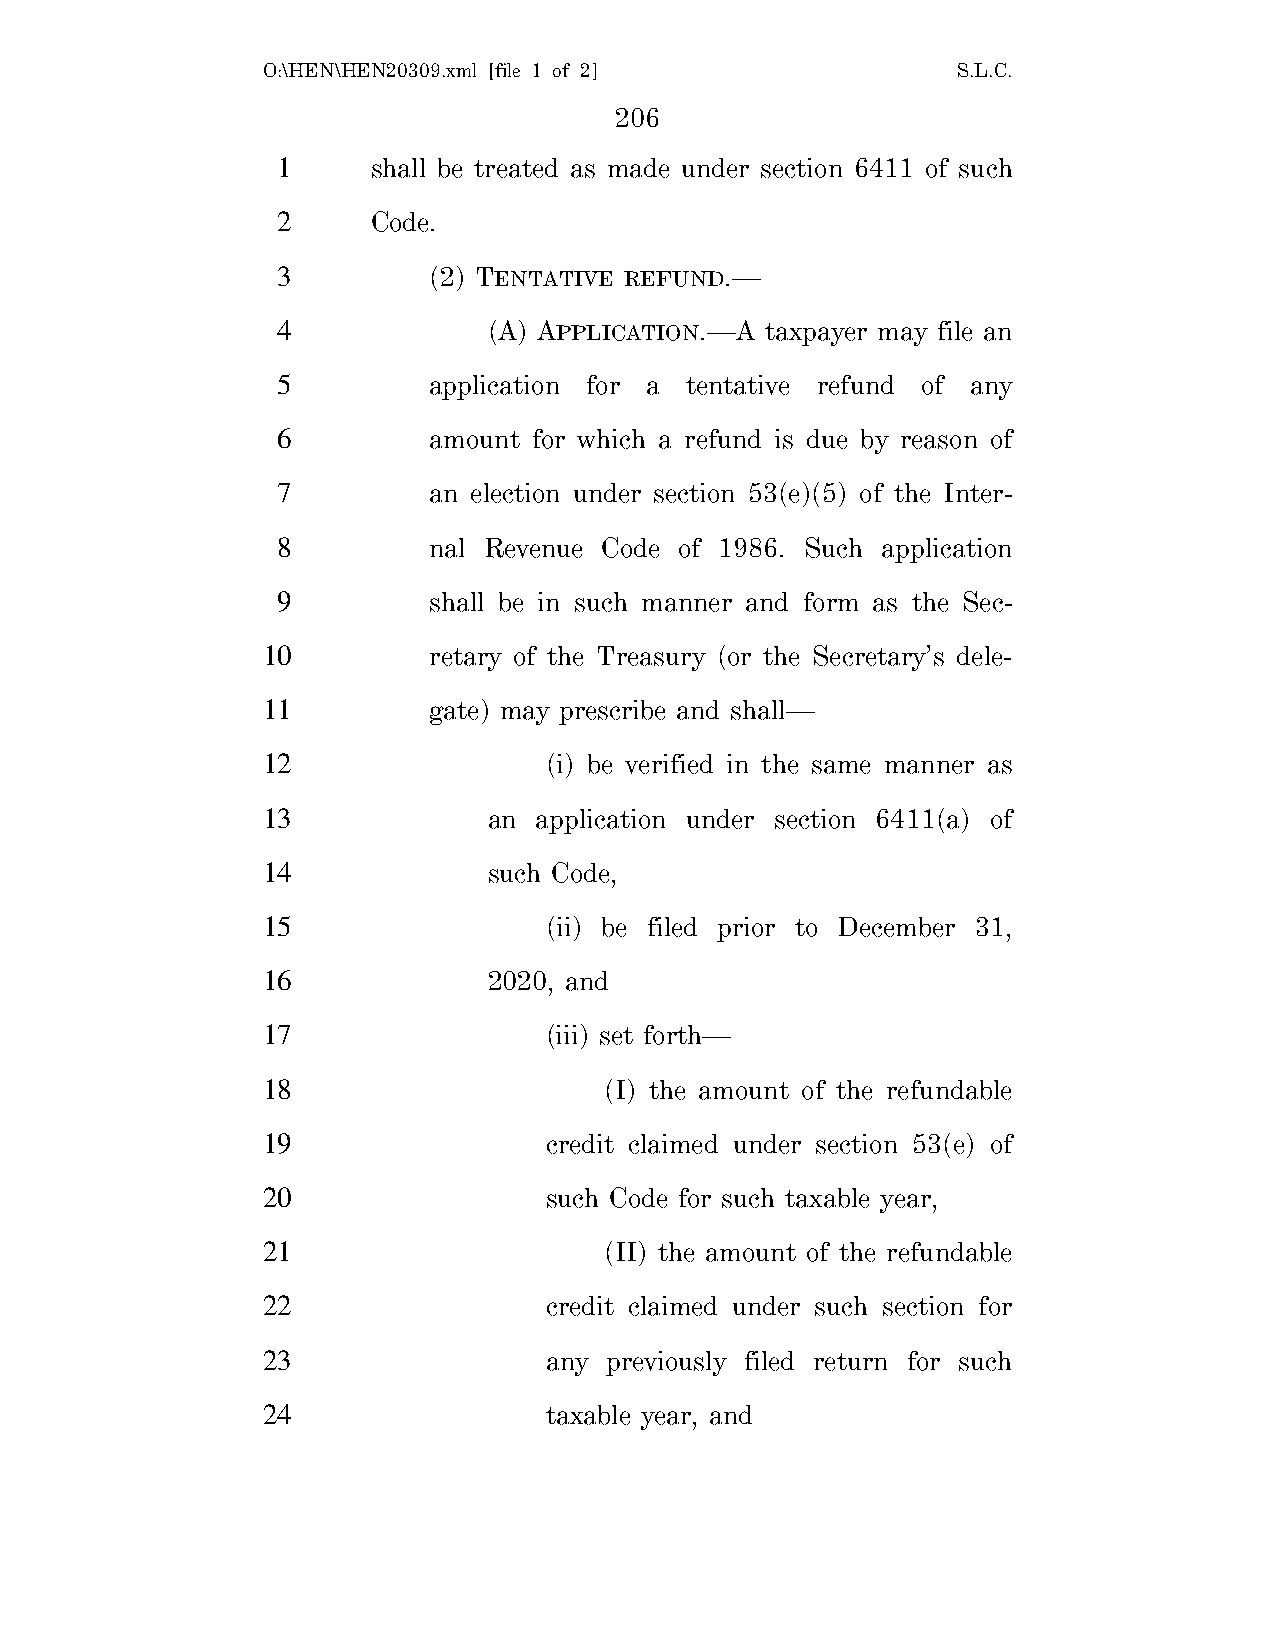
O:\HEN\HEN20309.xml [file 1 of 2]             S.L.C.
 206
 1      shall be treated as made under section 6411 of such
 2      Code.
 3         (2) TENTATIVE REFUND.—
 4             (A) APPLICATION.—A taxpayer may file an
 5         application for a tentative refund of any
 6         amount for which a refund is due by reason of
 7         an election under section 53(e)(5) of the Inter-
 8         nal Revenue Code of 1986. Such application
 9         shall be in such manner and form as the Sec-
 10         retary of the Treasury (or the Secretary’s dele-
 11         gate) may prescribe and shall—
 12                 (i) be verified in the same manner as
 13             an application under section 6411(a) of
 14             such Code,
 15                 (ii) be filed prior to December 31,
 16             2020, and
 17                 (iii) set forth—
 18                     (I) the amount of the refundable
 19                 credit claimed under section 53(e) of
 20                 such Code for such taxable year,
 21                     (II) the amount of the refundable
 22                 credit claimed under such section for
 23                 any previously filed return for such
 24                 taxable year, and